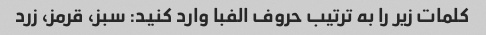
کلمات زیر را به ترتیب حروف الفبا وارد کنید: سبز، قرمز، زرد